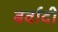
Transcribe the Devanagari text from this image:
बर्वादी